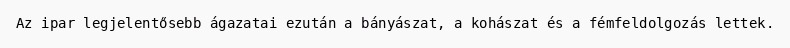
Az ipar legjelentősebb ágazatai ezután a bányászat, a kohászat és a fémfeldolgozás lettek.